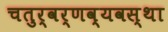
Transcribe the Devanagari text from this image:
चतुर्वर्णव्यवस्था